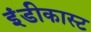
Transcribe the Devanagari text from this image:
इंडीकास्ट